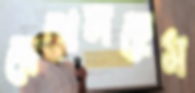
বেথেলহেম